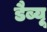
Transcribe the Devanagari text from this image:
डैब्यू